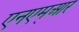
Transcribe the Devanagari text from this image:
एनएम्आर